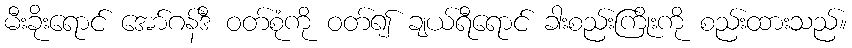
မီးခိုးရောင် အော်ဂန်ဒီ ဝတ်စုံကို ဝတ်၍ ချယ်ရီရောင် ခါးစည်းကြိုးကို စည်းထားသည်။